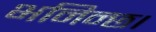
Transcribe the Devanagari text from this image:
भनिन्छ।